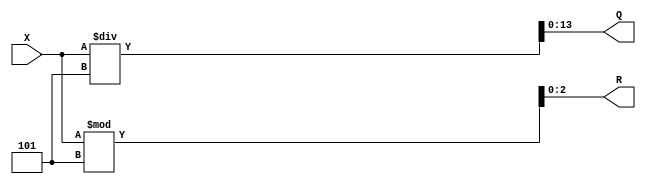
module div_16_5 ( X, Q, R);


input  [16:1] X;
output [14:1] Q; 
output [3:1] R;

assign Q = X / 5;

assign R = X % 5;


endmodule